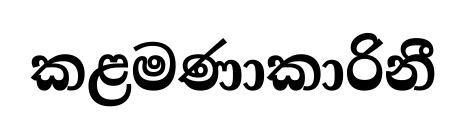
කළමණාකාරිනී